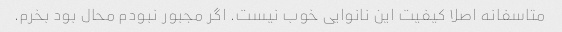
متاسفانه اصلا کیفیت این نانوایی خوب نیست. اگر مجبور نبودم محال بود بخرم.